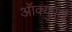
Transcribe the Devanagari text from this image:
ऑक्युपाई